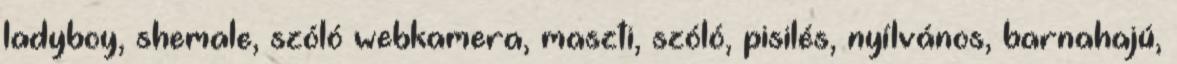
ladyboy, shemale, szóló webkamera, maszti, szóló, pisilés, nyílvános, barnahajú,